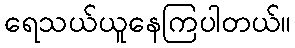
ရေသယ်ယူနေကြပါတယ်။